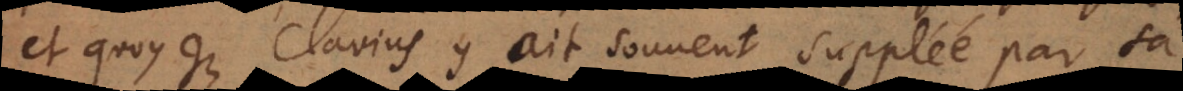
et quoyque Clavius y ait souvent suppléé par sa